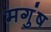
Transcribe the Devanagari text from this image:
मगुंष